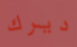
ديرك